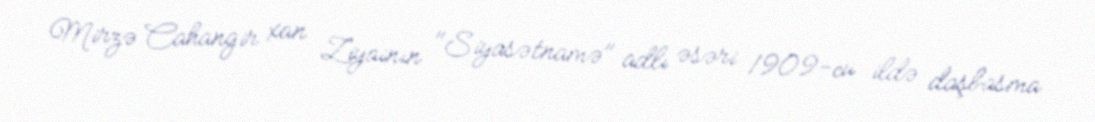
Mirzə Cahangir xan Ziyainın "Siyasətnamə" adlı əsəri 1909-cu ildə daşbasma